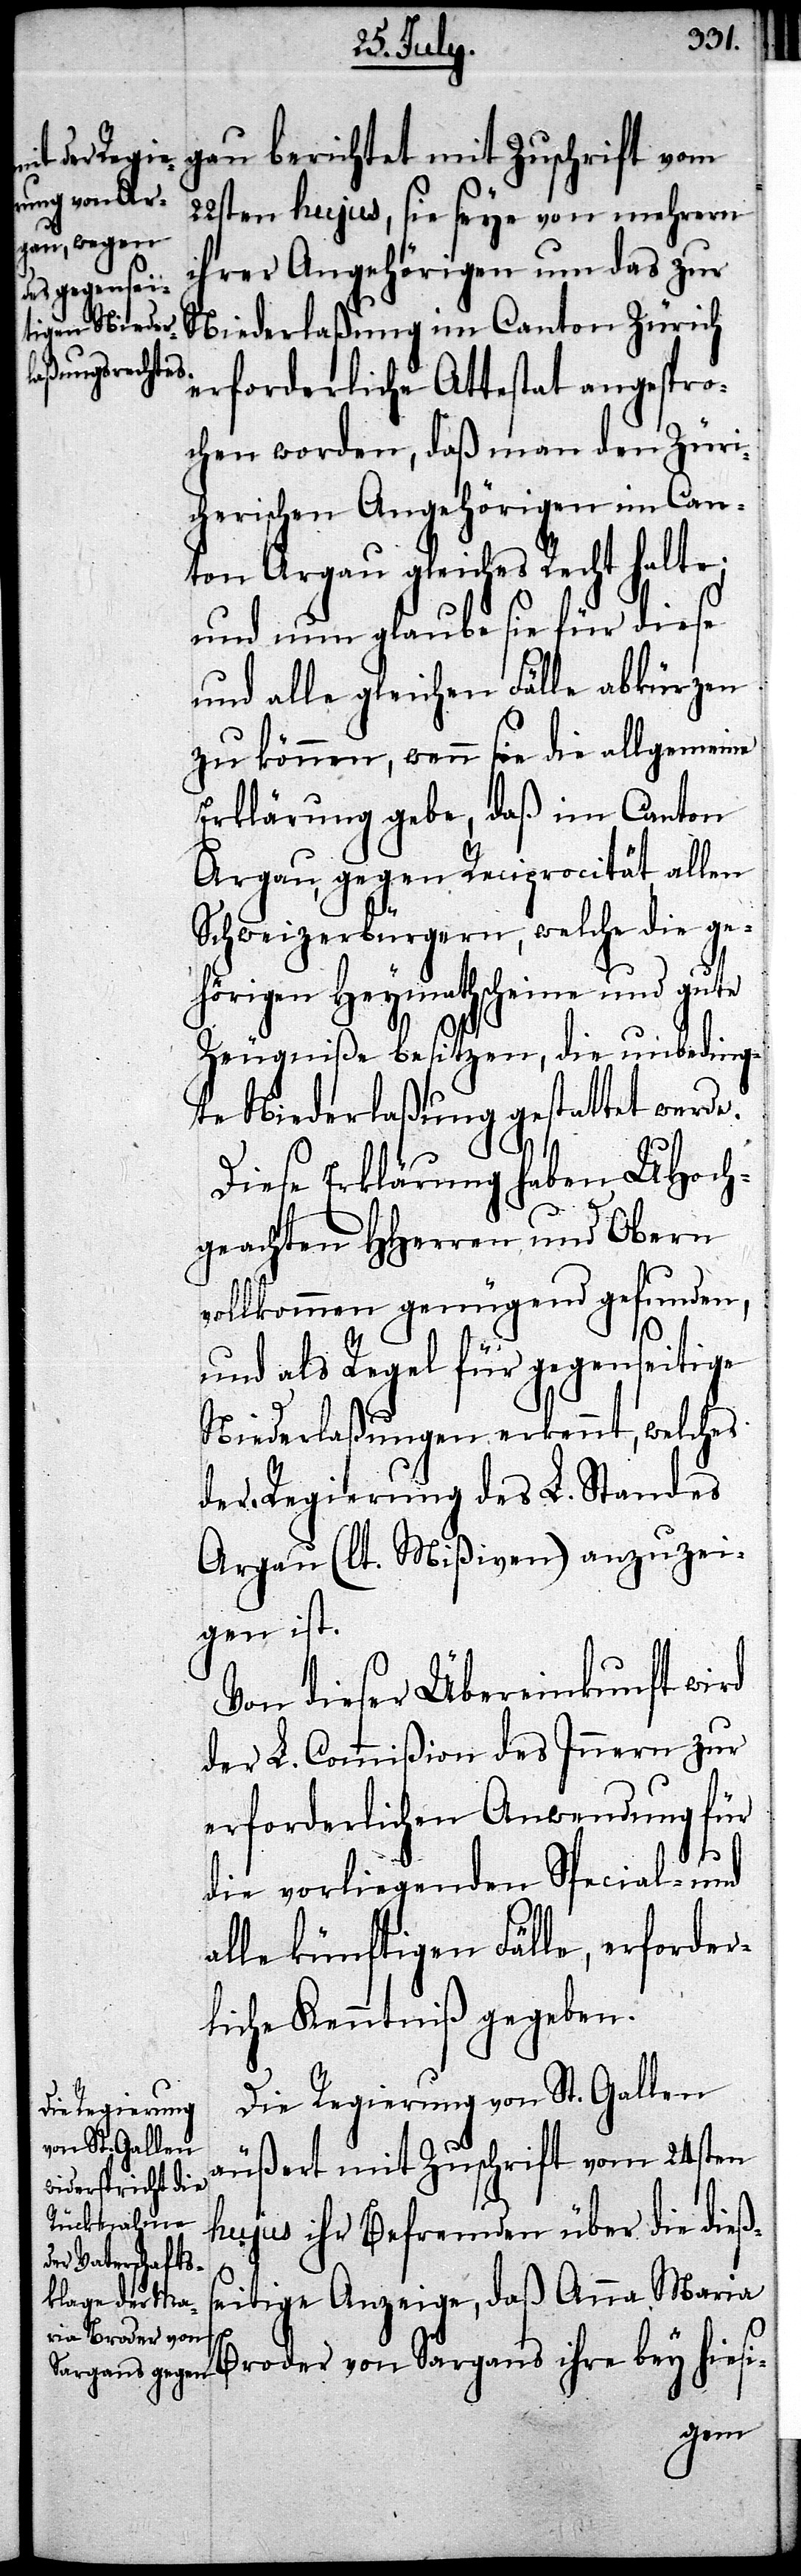
gau berichtet mit Zuschrift vom
22tsen hujus, sie seye von mehrern
ihrer Angehörigen um das zur
Niederlaßung im Canton Zürich
erforderliche Attestat angespro¬
chen worden, daß man den Züri¬
cherischen Angehörigen im Can¬
ton Argau gleiches Recht halte;
und nun glaube sie für diese
und alle gleichen Fälle abkürzen
zu können, wenn sie die allgemeine
Erklärung gebe, daß im Canton
Argau, gegen Reciprocität allen
Schweizerbürgern, welche die ge¬
hörigen Heymathscheine und gute
Zeugniße besitzen, die unbeding¬
te Niederlaßung gestattet werde.
Diese Erklärung haben UHoch¬
geachten HHerren und Obern
vollkommen genügend gefunden,
und als Regel für gegenseitige
Niederlaßungen erkennt, welches
der Regierung des L. Standes
Argau (lt. Mißiven) anzuzei¬
gen ist.
Von dieser Übereinkunft wird
der L. Commißion des Innern zur
erforderlichen Anwendung für
die vorliegenden Special- und
alle künftigen Fälle, erforder¬
liche Kenntniß gegeben.
Die Regierung von St. Gallen
äußert mit Zuschrift vom 24sten
hujus ihr Befremden über die dieß¬
seitige Anzeige, daß Anna Mari¬
a Broder von Sargans ihre bey hiesi-